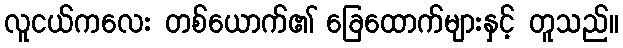
လူငယ်ကလေး တစ်ယောက်၏ ခြေထောက်များနှင့် တူသည်။